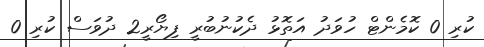
ކުރި 0 ކޮމެންޓް ހުވަދު އަތޮޅު ދެކުނުބުރީ ފިޔޯރީ2 ދުވަސް ކުރި 0